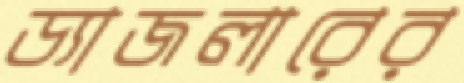
ড্যাজলারের